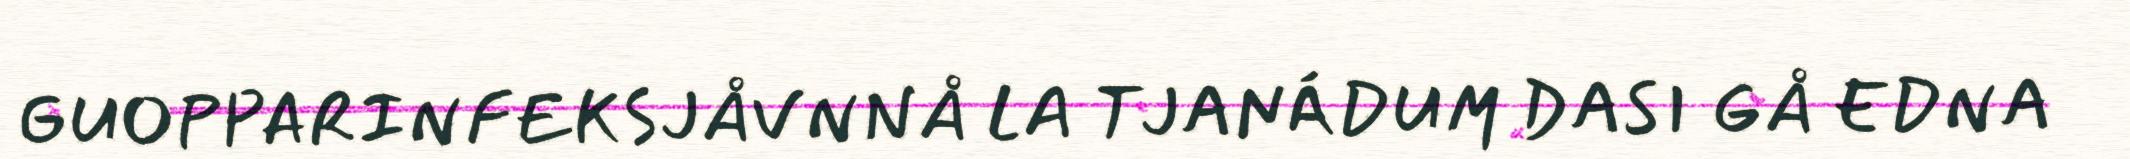
GUOPPARINFEKSJÅVNNÅ LA TJANÁDUM DASI GÅ EDNA